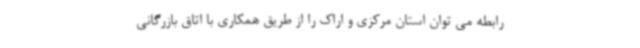
رابطه می توان استان مرکزی و اراک را از طریق همکاری با اتاق بازرگانی